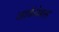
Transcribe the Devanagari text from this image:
आर्कवेबस